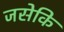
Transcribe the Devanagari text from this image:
जसेकि